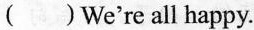
()We're all happy.